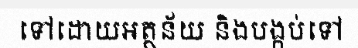
ទៅដោយអត្ថន័យ និងបង្កប់ទៅ